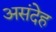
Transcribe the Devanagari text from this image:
असंदेह